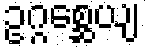
ဥဂ္ဂစ္ဆေယျ